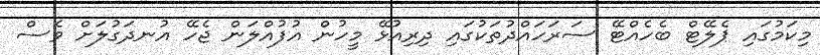
މިކަމުގައި ޕެލޭޓް ބެހެއްޓޭ ސަރަހައްދުތަކުގައި ދިރިއުޅޭ މީހުން އުފުއްލަން ޖެހޭ އުނދަގުލަށް ވެސް